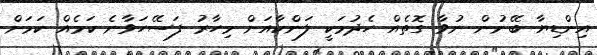
އިންޑިޔާ ބޭނުން ނުވާ ގޮތެއް ހެދުމަކީ ލަންކާއަށް މިހާރު ފަސޭހަވާނެ ކަމެއް ކަމަށް